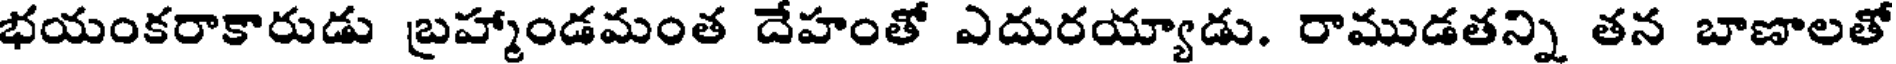
భయంకరాకారుడు బ్రహ్మాండమంత దేహంతో ఎదురయ్యాడు. రాముడతన్ని తన బాణాలతో